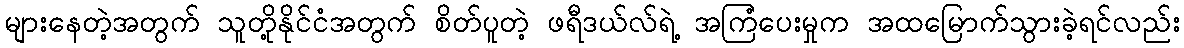
များနေတဲ့အတွက် သူတို့နိုင်ငံအတွက် စိတ်ပူတဲ့ ဖရီဒယ်လ်ရဲ့ အကြံပေးမှုက အထမြောက်သွားခဲ့ရင်လည်း